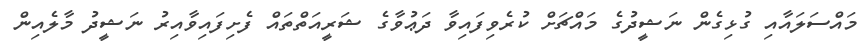
މައްސަލައާއި ގުޅިގެން ނަޝީދުގެ މައްޗަށް ކުރެވިފައިވާ ދަޢުވާގެ ޝަރީއަތްތައް ފެށިފައިވާއިރު ނަޝީދު މާލެއިން